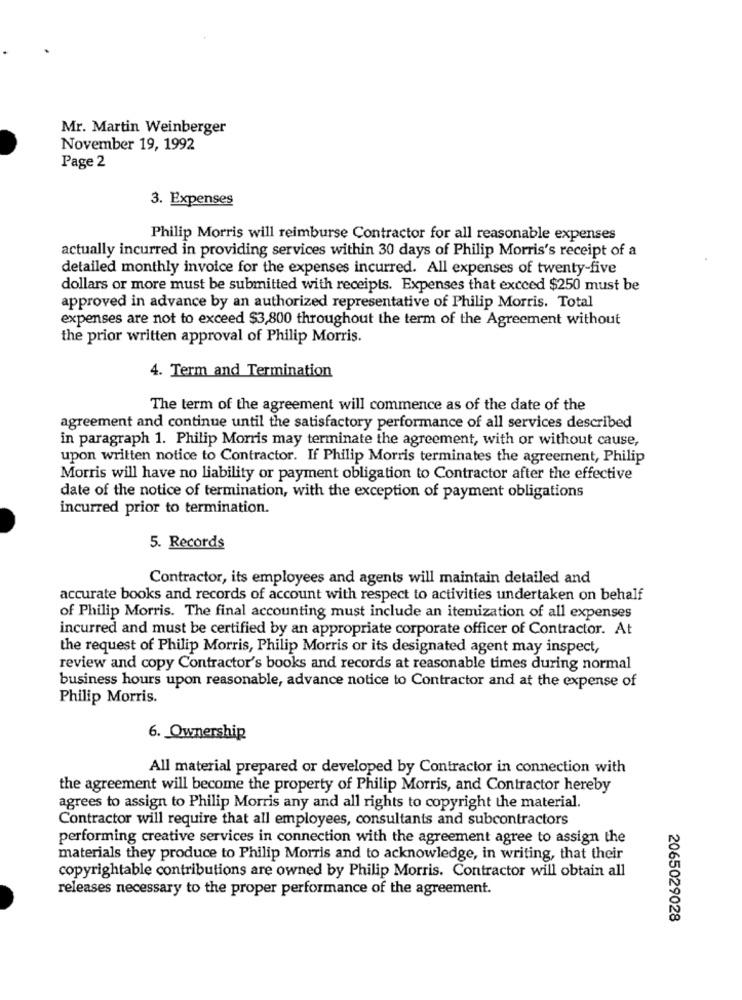
Mr. Martin Weinberger
November 19, 1992
Page 2
3. Expenses
Philip Morris will reimburse Contractor for all reasonable expenses
actually incurred in providing services within 30 days of Philip Morris's receipt of a
detailed monthly invoice for the expenses incurred. All expenses of twenty-five
dollars or more must be submitted with receipts. Expenses that excced $250 must be
approved in advance by an authorized representative of Philip Morris. Total
expenses are not to exceed $3,800 throughout the term of the Agreement without
the prior written approval of Philip Morris.
4. Term and Termination
The term of the agreement will commence as of the date of the
agreement and continue until the satisfactory performance of all services described
in paragraph 1. Philip Morris may terminate the agreement, with or without cause,
upon written notice to Contractor. If Philip Morris terminates the agreement, Philip
Morris will have no liability or payment obligation to Contractor after the effective
date of the notice of termination, with the exception of payment obligations
incurred prior to termination.
5. Records
Contractor, its employees and agents will maintain detailed and
accurate books and records of account with respect to activities undertaken on behalf
of Philip Morris. The final accounting must include an itemization of all expenses
incurred and must be certified by an appropriate corporate officer of Contractor. At
the request of Philip Morris, Philip Morris or its designated agent may inspect,
review and copy Contractor's books and records at reasonable times during normal
business hours upon reasonable, advance notice to Contractor and at the expense of
Philip Morris.
6. Ownership
All material prepared or developed by Contractor in connection with
the agreement will become the property of Philip Morris, and Contractor hereby
agrees to assign to Philip Morris any and all rights to copyright the material.
Contractor will require that all employees, consultants and subcontractors
performing creative services in connection with the agreement agree to assign the
materials they produce to Philip Morris and to acknowledge, in writing, that their
copyrightable contributions are owned by Philip Morris. Contractor will obtain all
releases necessary to the proper performance of the agreement.
2065029028